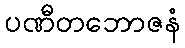
ပဏီတဘောဇနံ